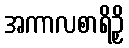
အကာလစာရိဉှိ